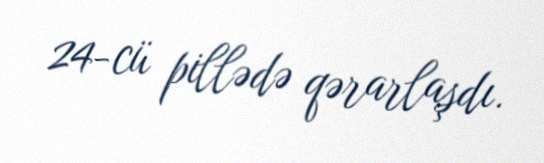
24-cü pillədə qərarlaşdı.